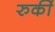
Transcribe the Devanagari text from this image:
रुर्की